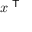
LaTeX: x ^ { \textsf { T } }